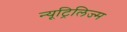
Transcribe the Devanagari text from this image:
न्यूट्रिलिज्म